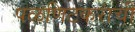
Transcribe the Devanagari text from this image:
पळणिटकरांची